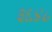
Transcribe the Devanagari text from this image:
३६४८